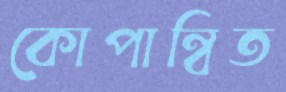
কোপান্বিত